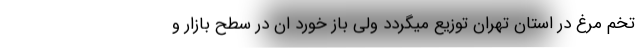
تخم مرغ در استان تهران توزیع میگردد ولی باز خورد ان در سطح بازار و